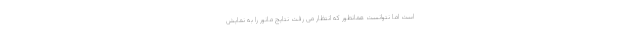
است اما نتوانست همانطور که انتظار می رفت نتایج مانور را به نمایش